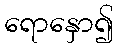
ရောနှော၍